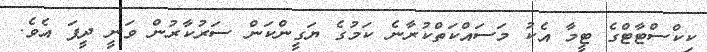
ކިކްސްޓާޓްގެ ޓީމާ އެކު މަސައްކަތްކުރާނެ ކަމުގެ ޔަގީންކަން ސަރުކާރުން ވަނީ ދީފަ އެވެ.